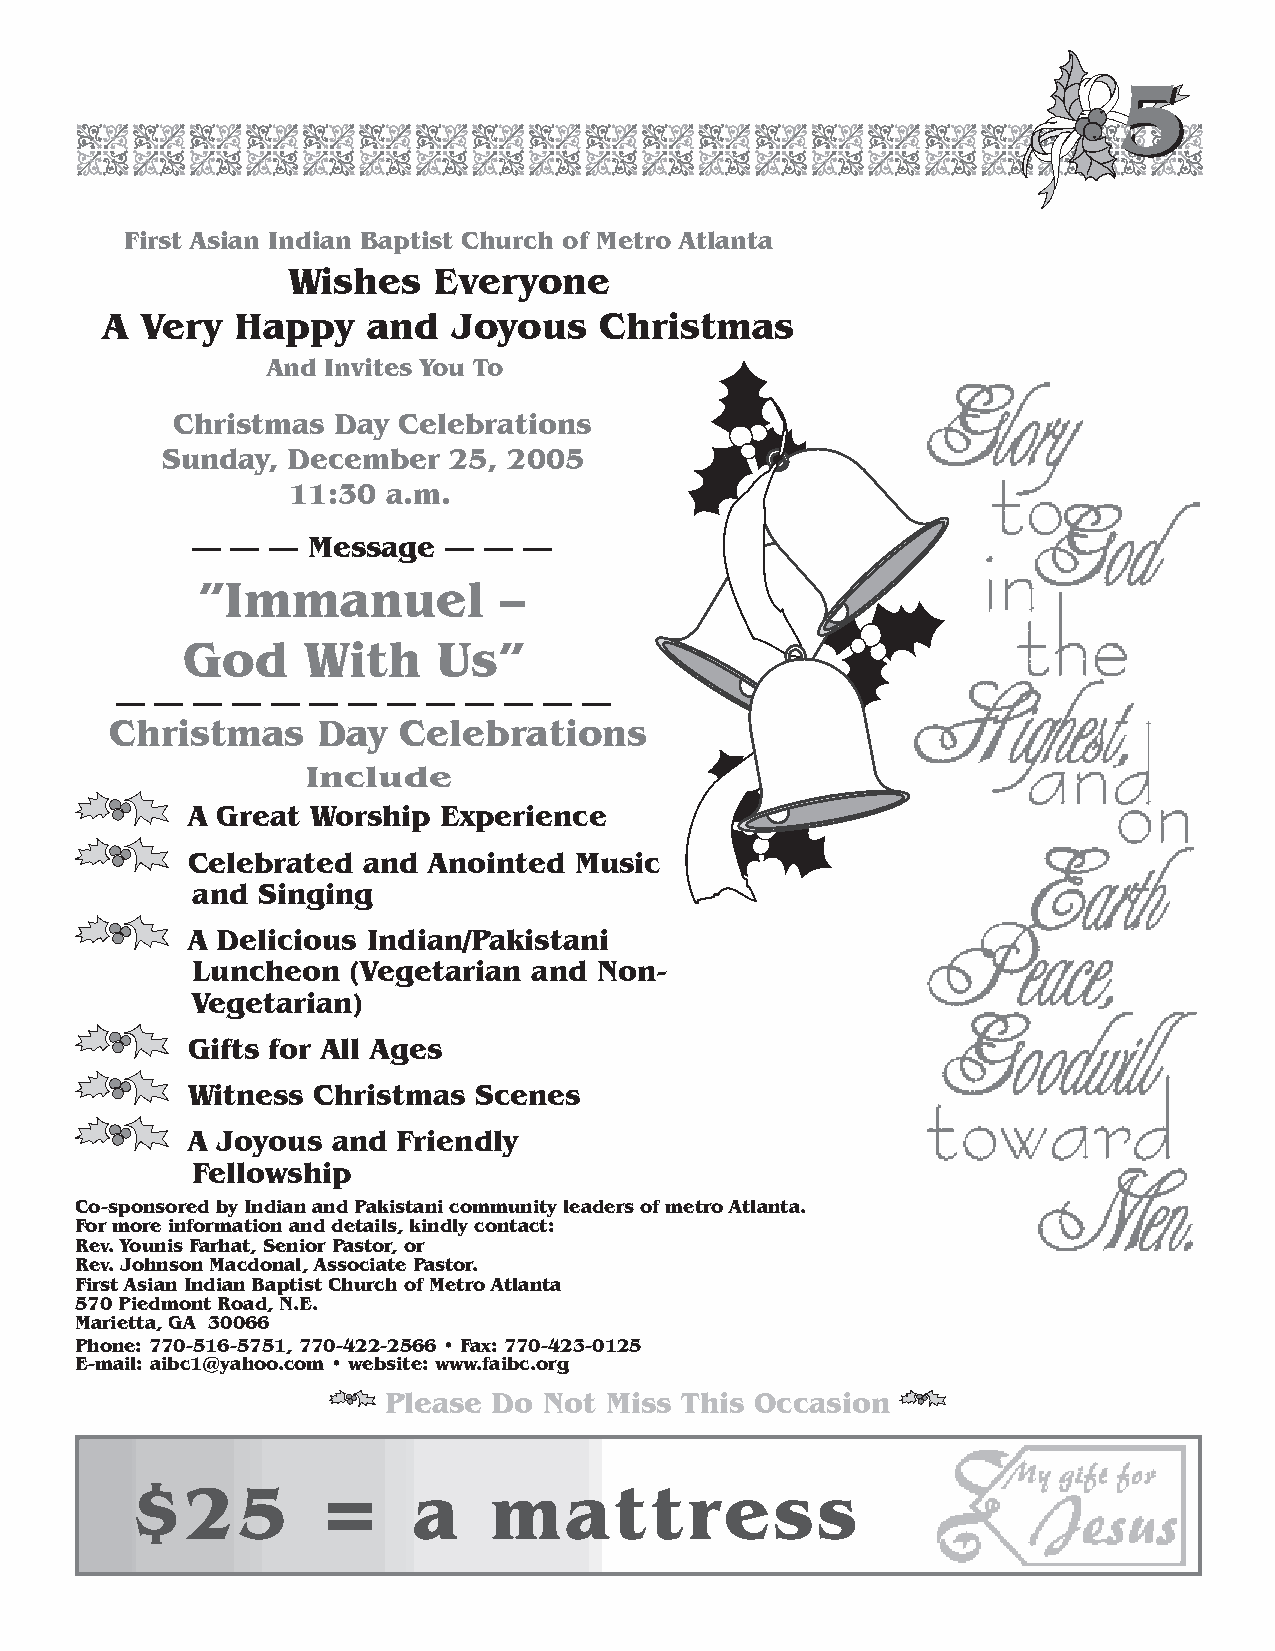
55
 First Asian Indian Baptist Church of Metro Atlanta
 Wishes    Everyone
 A Very   Happy   and   Joyous    Christmas
 And Invites You To
 Christmas  Day Celebrations
 Sunday, December   25, 2005
 11:30  a.m.
 — —  — Message  —  —  —
 ”Immanuel           –
 God     With     Us”
 — —  — —  —  — —  — —  — —  —  —
 Christmas     Day  Celebrations
 Include
 A Great  Worship Experience
 Celebrated  and Anointed  Music
 and Singing
 A Delicious Indian/Pakistani
 Luncheon  (Vegetarian and  Non>
 Vegetarian)
 Gifts for All Ages
 Witness  Christmas Scenes
 A Joyous  and Friendly
 Fellowship
 Co>sponsored by Indian and Pakistani community leaders of metro Atlanta.
 For more information and details, kindly contact:
 Rev. Younis Farhat, Senior Pastor, or
 Rev. Johnson Macdonal, Associate Pastor.
 First Asian Indian Baptist Church of Metro Atlanta
 570 Piedmont Road, N.E.
 Marietta, GA 30066
 Phone: 770>516>5751, 770>422>2566 • Fax: 770>423>0125
 E>mail: aibc1@yahoo.com • website: www.faibc.org
 Please  Do Not Miss This Occasion
 $25         =     a    mattress